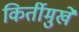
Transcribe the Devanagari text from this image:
किर्तीमुखे